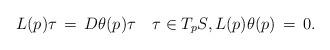
LaTeX: \begin{align*}L(p)\tau \,=\, D\theta(p)\tau \quad\tau\in T_pS,L(p)\theta(p) \,=\, 0. \end{align*}